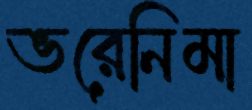
ভরেনিমা